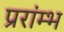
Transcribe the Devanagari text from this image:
प्ररांम्भ